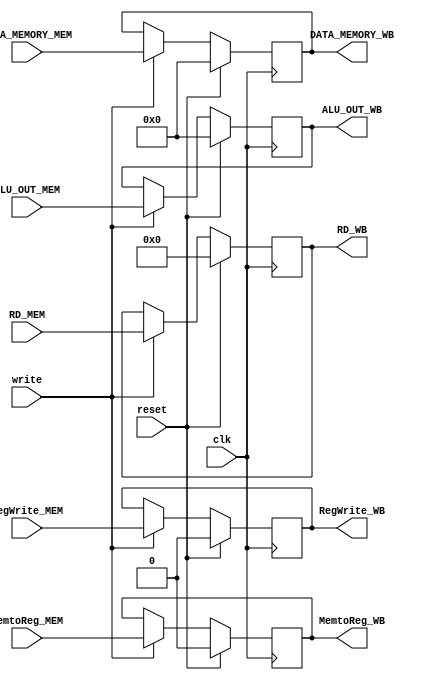
`timescale 1ns / 1ps
//////////////////////////////////////////////////////////////////////////////////
// Company: 
// Engineer: 
// 
// Design Name: 
// Module Name: mem_wb_pipe
// Project Name: 
// Target Devices: 
// Tool Versions: 
// Description: 
// 
// Dependencies: 
// 
// Revision:
// Revision 0.01 - File Created
// Additional Comments:
// 
//////////////////////////////////////////////////////////////////////////////////


module mem_wb_pipe(input clk, reset, write,
                 input RegWrite_MEM, MemtoReg_MEM,
                 input[31:0] DATA_MEMORY_MEM,
                 input[31:0] ALU_OUT_MEM,
                 input[4:0] RD_MEM,
                      
                 output reg RegWrite_WB, MemtoReg_WB,
                 output reg [31:0] DATA_MEMORY_WB,
                 output reg [31:0] ALU_OUT_WB,
                 output reg [4:0] RD_WB);
                 
    always @(posedge clk) begin
        if (reset) begin
            RegWrite_WB <= 1'b0;
            MemtoReg_WB <= 1'b0;
            DATA_MEMORY_WB <= 32'b0;
            ALU_OUT_WB <= 32'b0;
            RD_WB <= 5'b0;
        end
        else begin
            if (write) begin
                RegWrite_WB <= RegWrite_MEM;
                MemtoReg_WB <= MemtoReg_MEM;
                DATA_MEMORY_WB <= DATA_MEMORY_MEM;
                ALU_OUT_WB <= ALU_OUT_MEM;
                RD_WB <= RD_MEM;
            end
        end
    end
endmodule